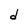
Character: d